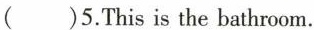
( )5.This is the bathroom.